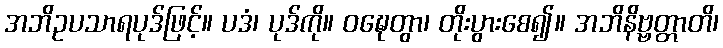
အဘိဥပသာရပုဒ်ဖြင့်။ ပဒံ၊ ပုဒ်ကို။ ဝဍ္ဎေတွာ၊ တိုးပွားစေ၍။ အဘိနိဗ္ဗတ္တာတိ၊